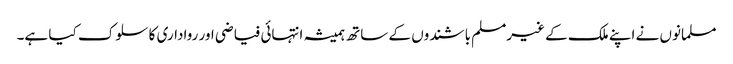
مسلمانوں نے اپنے ملک کے غیرمسلم باشندوں کے ساتھ ہمیشہ انتہائی فیاضی اور رواداری کا سلوک کیا ہے۔